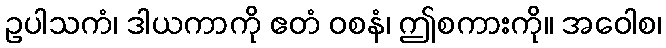
ဥပါသကံ၊ ဒါယကာကို ဧတံ ဝစနံ၊ ဤစကားကို။ အဝေါစ၊